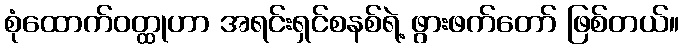
စုံထောက်ဝတ္ထုဟာ အရင်းရှင်စနစ်ရဲ့ ဖွားဖက်တော် ဖြစ်တယ်။